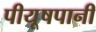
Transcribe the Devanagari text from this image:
पीयूषपानी